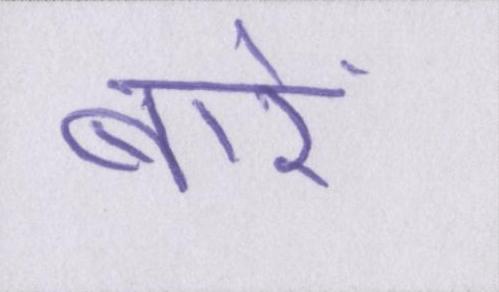
बारें